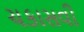
ચકાસવી